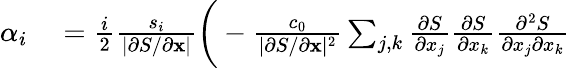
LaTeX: \begin{array}{rl}{\alpha_{i}}&{{}=\frac{i}{2}\frac{s_{i}}{|\partial S/\partial\mathbf{x}|}\bigg(-\frac{c_{0}}{|\partial S/\partial\mathbf{x}|^{2}}\sum_{j,k}\frac{\partial S}{\partial x_{j}}\frac{\partial S}{\partial x_{k}}\frac{\partial^{2}S}{\partial x_{j}\partial x_{k}}}\end{array}